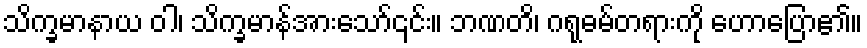
သိက္ခမာနာယ ဝါ၊ သိက္ခမာန်အားသော်၎င်း။ ဘဏတိ၊ ဂရုဓမ်တရားကို ဟောပြော၏။